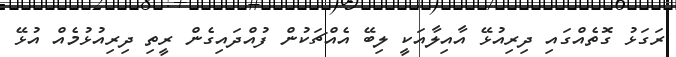
ރަގަޅު ގޮތެއްގައި ދިރިއުޅޭ އާއިލާއަކީ ލިބޭ އެއްޗަކުން ފުއްދައިގެން ރީތި ދިރިއުޅުމެއް އުޅޭ